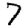
Digit: 7